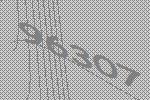
96307